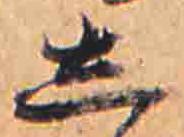
し